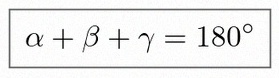
\alpha+\beta+\gamma=180^\circ